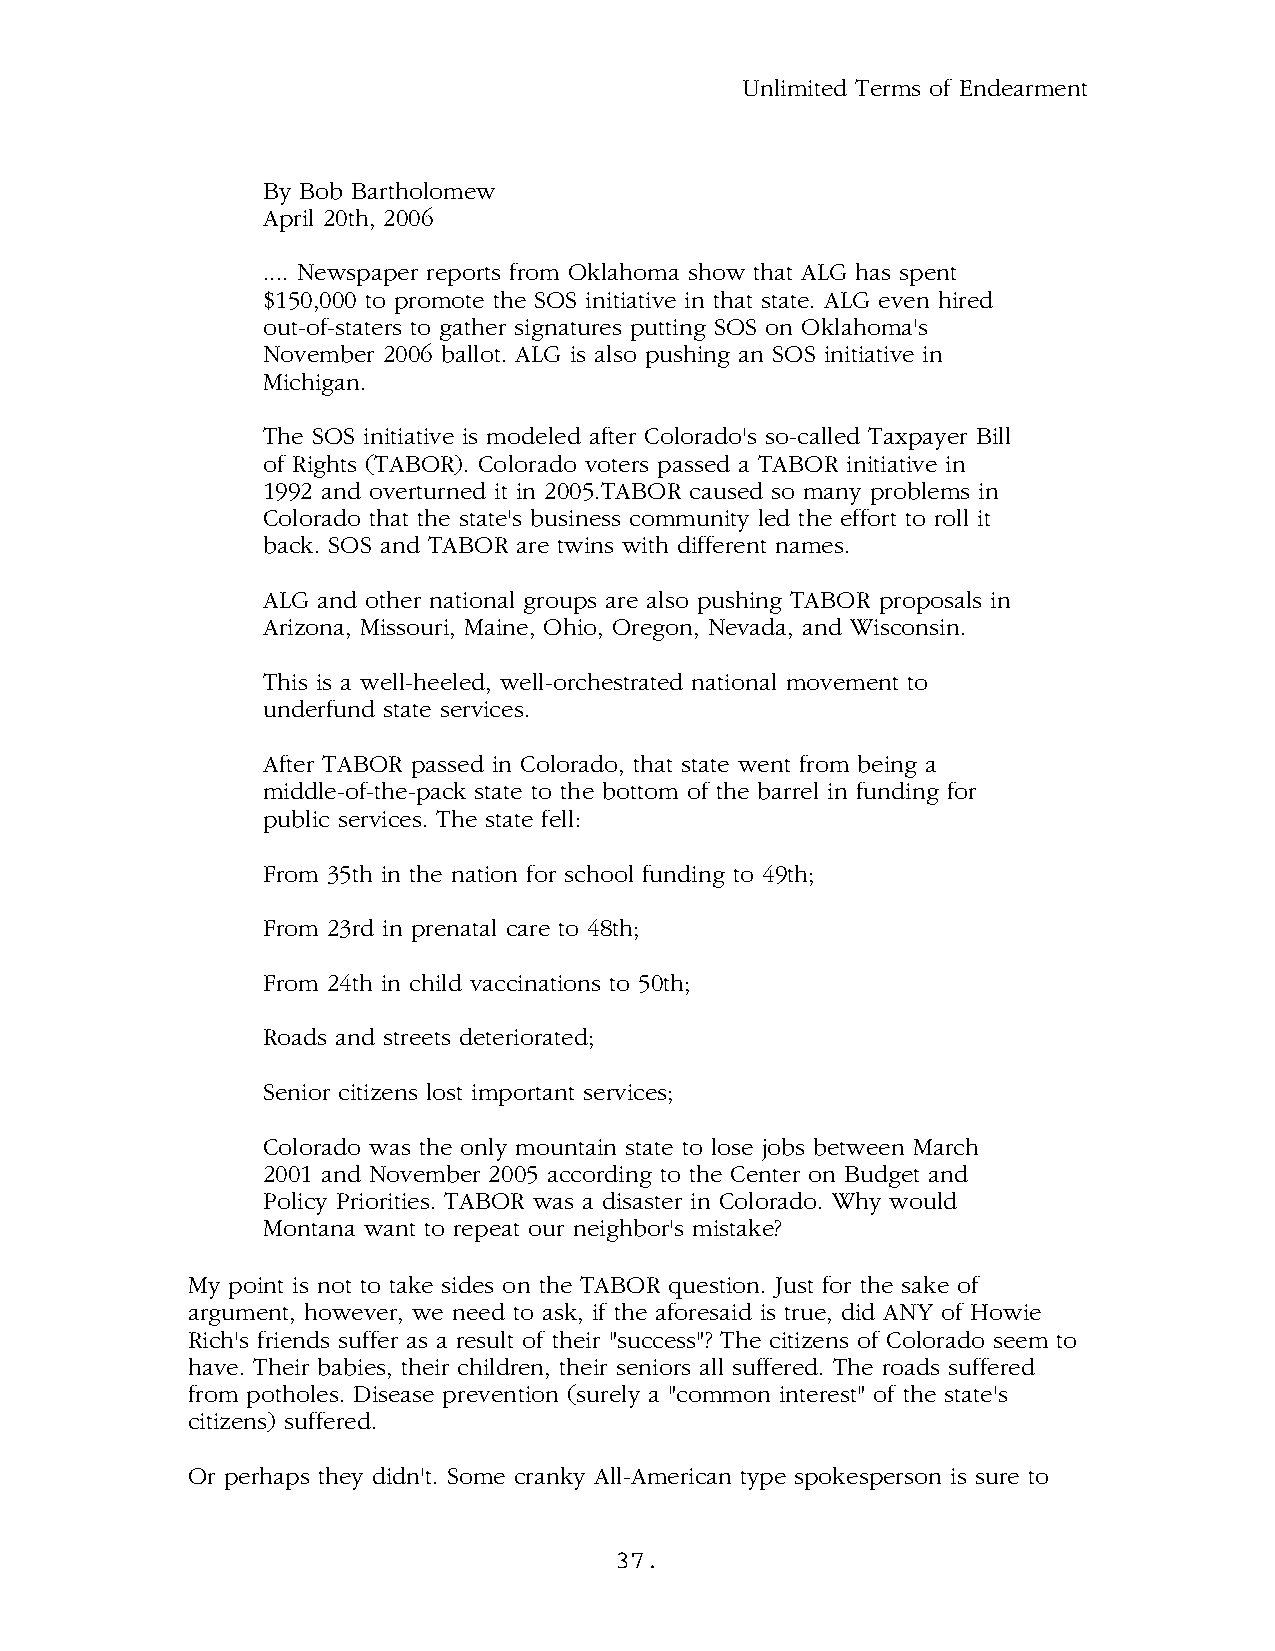
Unlimited Terms of Endearment
 By Bob Bartholomew
 April 20th, 2006
 .... Newspaper reports from Oklahoma show that ALG has spent
 $150,000 to promote the SOS initiative in that state. ALG even hired
 out-of-staters to gather signatures putting SOS on Oklahoma's
 November 2006 ballot. ALG is also pushing an SOS initiative in
 Michigan.
 The SOS initiative is modeled after Colorado's so-called Taxpayer Bill
 of Rights (TABOR). Colorado voters passed a TABOR initiative in
 1992 and overturned it in 2005.TABOR caused so many problems in
 Colorado that the state's business community led the effort to roll it
 back. SOS and TABOR are twins with different names.
 ALG and other national groups are also pushing TABOR proposals in
 Arizona, Missouri, Maine, Ohio, Oregon, Nevada, and Wisconsin.
 This is a well-heeled, well-orchestrated national movement to
 underfund state services.
 After TABOR passed in Colorado, that state went from being a
 middle-of-the-pack state to the bottom of the barrel in funding for
 public services. The state fell:
 From 35th in the nation for school funding to 49th;
 From 23rd in prenatal care to 48th;
 From 24th in child vaccinations to 50th;
 Roads and streets deteriorated;
 Senior citizens lost important services;
 Colorado was the only mountain state to lose jobs between March
 2001 and November 2005 according to the Center on Budget and
 Policy Priorities. TABOR was a disaster in Colorado. Why would
 Montana want to repeat our neighbor's mistake?
 My point is not to take sides on the TABOR question. Just for the sake of
 argument, however, we need to ask, if the aforesaid is true, did ANY of Howie
 Rich's friends suffer as a result of their "success"? The citizens of Colorado seem to
 have. Their babies, their children, their seniors all suffered. The roads suffered
 from potholes. Disease prevention (surely a "common interest" of the state's
 citizens) suffered.
 Or perhaps they didn't. Some cranky All-American type spokesperson is sure to
 37.